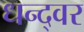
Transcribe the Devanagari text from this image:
धन्द्वर